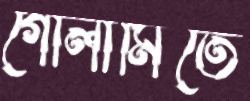
গোলামিতে